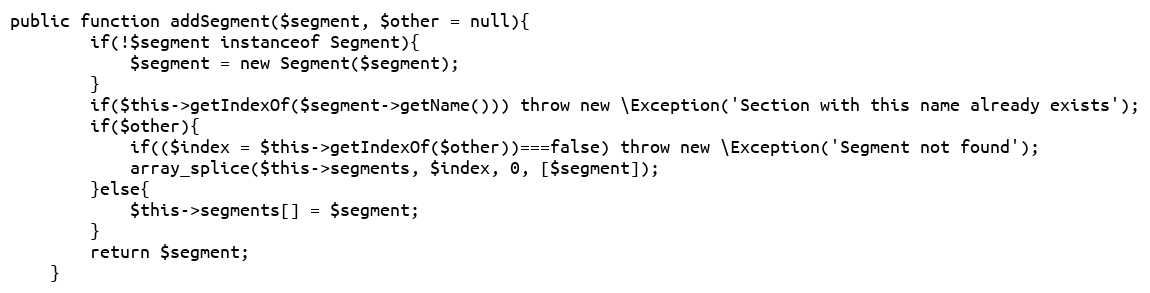
Language: PHP
public function addSegment($segment, $other = null){
		if(!$segment instanceof Segment){
			$segment = new Segment($segment);
		}
		if($this->getIndexOf($segment->getName())) throw new \Exception('Section with this name already exists');
		if($other){
			if(($index = $this->getIndexOf($other))===false) throw new \Exception('Segment not found');
			array_splice($this->segments, $index, 0, [$segment]);
		}else{
			$this->segments[] = $segment;
		}
		return $segment;
	}